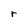
Character: r